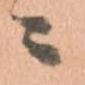
ニ